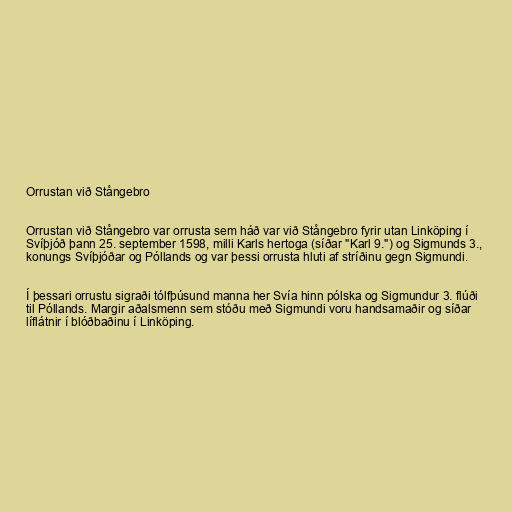
Orrustan við Stångebro

Orrustan við Stångebro var orrusta sem háð var við Stångebro fyrir utan Linköping í
Svíþjóð þann 25. september 1598, milli Karls hertoga (síðar "Karl 9.") og Sigmunds 3.,
konungs Svíþjóðar og Póllands og var þessi orrusta hluti af stríðinu gegn Sigmundi.

Í þessari orrustu sigraði tólfþúsund manna her Svía hinn pólska og Sigmundur 3. flúði
til Póllands. Margir aðalsmenn sem stóðu með Sigmundi voru handsamaðir og síðar
líflátnir í blóðbaðinu í Linköping.